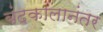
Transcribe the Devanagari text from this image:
बंदकालानंतर